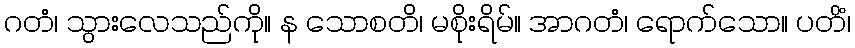
ဂတံ၊ သွားလေသည်ကို။ န သောစတိ၊ မစိုးရိမ်။ အာဂတံ၊ ရောက်သော။ ပတိံ၊